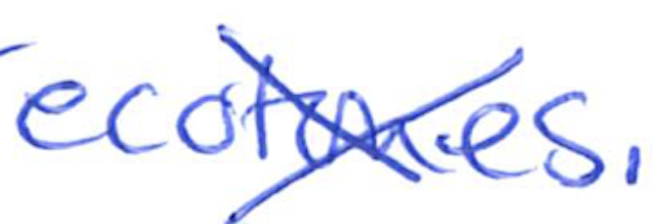
Text: ecotones.
Cross-out: cross
Writing tool: ballpoint